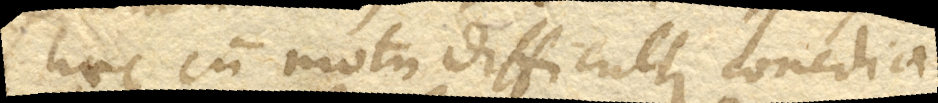
(+ Haec cum motu difficulter concilia–